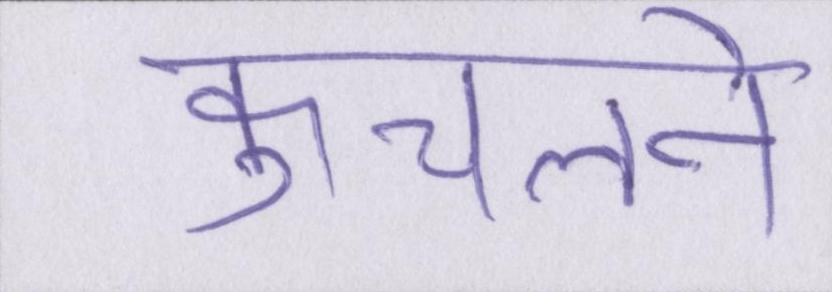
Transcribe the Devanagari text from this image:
कुचलने